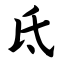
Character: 氐